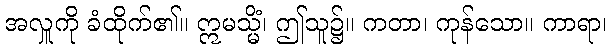
အလှူကို ခံထိုက်၏။ ဣမသ္မိံ၊ ဤသူ၌။ ကတာ၊ ကုန်သော။ ကာရာ၊